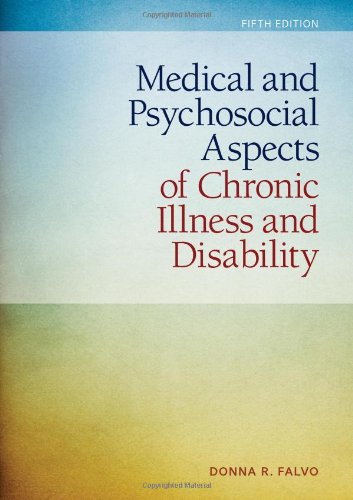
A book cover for Medical And Psychosocial Aspects Of Chronic Illness And Disability; Donna Falvo; Medical Books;